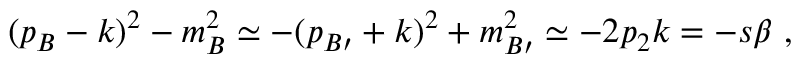
( p _ { B } - k ) ^ { 2 } - m _ { B } ^ { 2 } \simeq - ( p _ { B \prime } + k ) ^ { 2 } + m _ { B \prime } ^ { 2 } \simeq - 2 p _ { 2 } k = - s \beta ~ ,